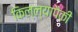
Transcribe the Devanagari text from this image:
किल्ल्यापैकी